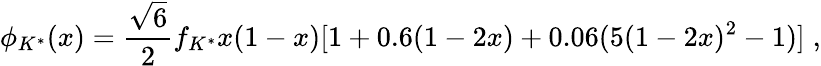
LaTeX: \phi_{K^{*}}(x)=\frac{\sqrt{6}}{2}f_{K^{*}}x(1-x)[1+0.6(1-2x)+0.06(5(1-2x)^{2}-1)]\; ,